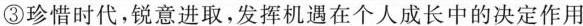
③珍惜时代，锐意进取，发挥机遇在个人成长中的决定作用